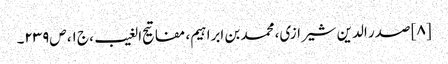
[۸] صدر الدین شیرازی، محمد بن ابراہیم‌، مفاتیح الغیب، ج‌۱، ص‌۲۳۹۔